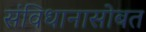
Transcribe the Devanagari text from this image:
संविधानासोबत